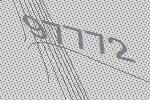
97772